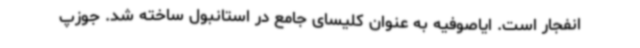
انفجار است. ایاصوفیه به عنوان کلیسای جامع در استانبول ساخته شد. جوزپ